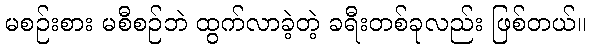
မစဉ်းစား မစီစဉ်ဘဲ ထွက်လာခဲ့တဲ့ ခရီးတစ်ခုလည်း ဖြစ်တယ်။